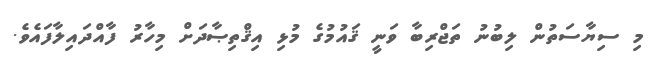
މި ސިޔާސަތުން ލިބުނު ތަޖްރިބާ ވަނީ ޤައުމުގެ މުޅި އިޤްތިޞާދަށް މިހާރު ފާއްދައިލާފައެވެ.